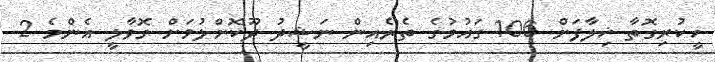
ހީކުރިގޮތާ ޚިލާފަށް 106 ގައުމުގެ ތެރެއިން ނަޝީދު ދޫކޮށްލުމަށް ގޮވާލީ އެންމެ 2